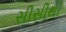
સીસીથી